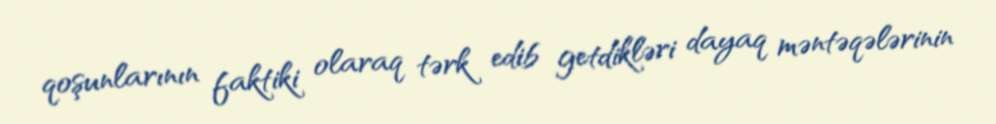
qoşunlarının faktiki olaraq tərk edib getdikləri dayaq məntəqələrinin